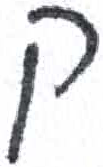
אות: ק